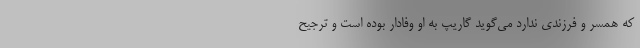
که همسر و فرزندی ندارد می‌گوید گاریپ به او وفادار بوده است و ترجیح